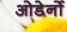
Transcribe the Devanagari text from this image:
ओडेर्नो